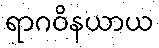
ရာဂဝိနယာယ